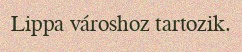
Lippa városhoz tartozik.